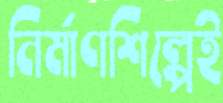
নির্মাণশিল্পেই